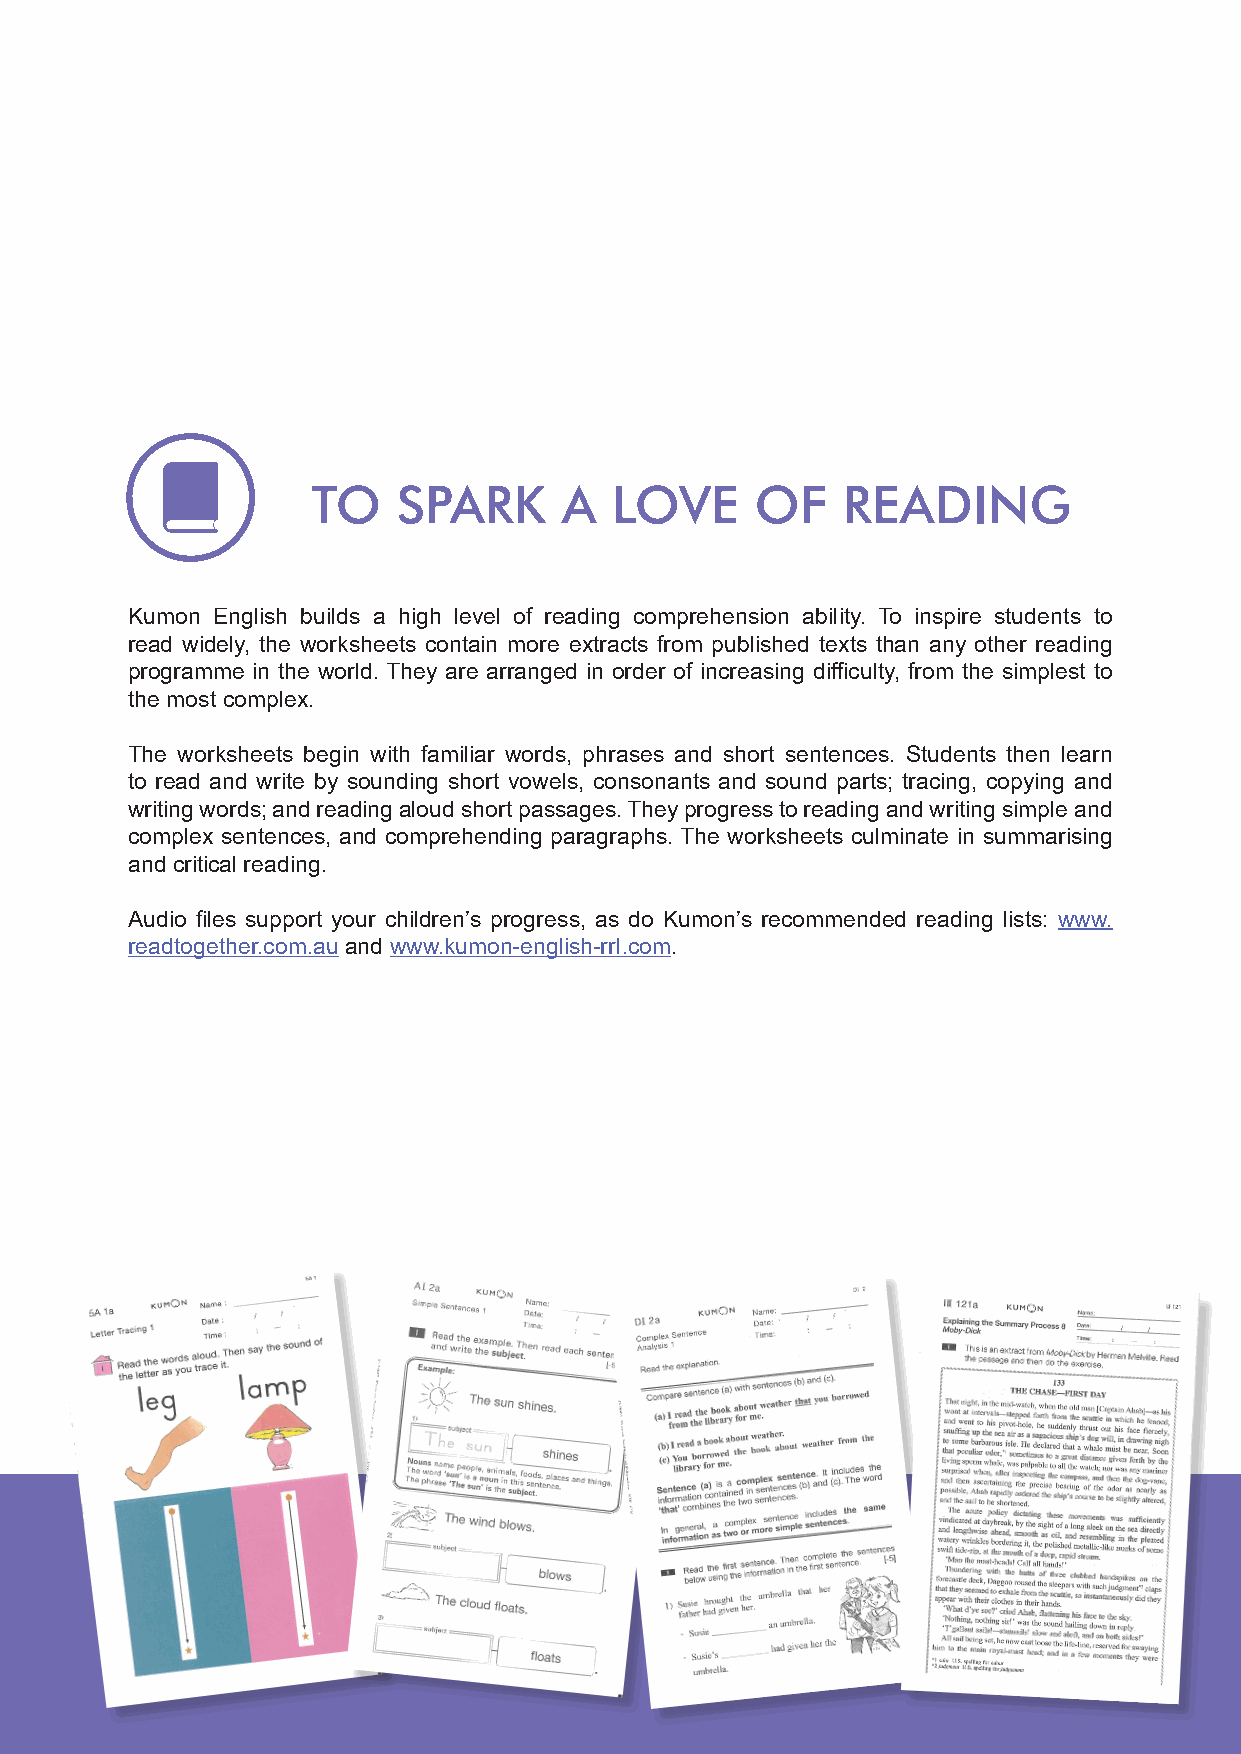
TO   SPARK      A  LOVE      OF    READING
 Kumon English builds a high level of reading comprehension ability. To inspire students to
 read widely, the worksheets contain more extracts from published texts than any other reading
 programme in the world. They are arranged in order of increasing difficulty, from the simplest to
 the most complex.
 The worksheets begin with familiar words, phrases and short sentences. Students then learn
 to read and write by sounding short vowels, consonants and sound parts; tracing, copying and
 writing words; and reading aloud short passages. They progress to reading and writing simple and
 complex sentences, and comprehending paragraphs. The worksheets culminate in summarising
 and critical reading.
 Audio files support your children’s progress, as do Kumon’s recommended reading lists: www.
 readtogether.com.au and www.kumon-english-rrl.com.
 14